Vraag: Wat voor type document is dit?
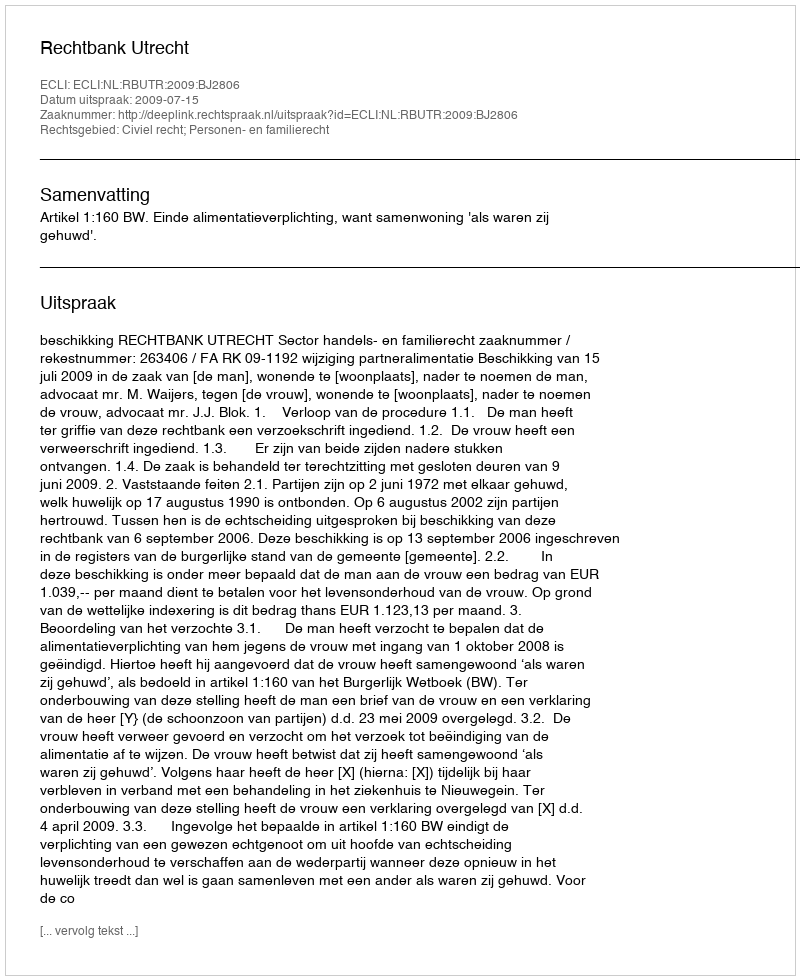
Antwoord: Uitspraak